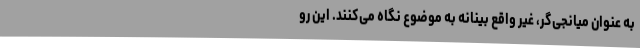
به عنوان میانجی‌گر، غیر واقع بینانه به موضوع نگاه می‌کنند. این رو